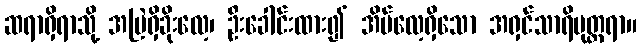
ဆရာရှိရာသို့ အမြဲရှိခိုးလေ့၊ ဦးခေါင်းထား၍ အိပ်လေ့ရှိသော အရှင်သာရိပုတ္တရာ။